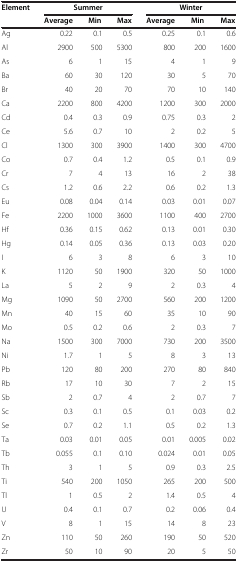
<table><thead><tr><td><b>Element</b></td><td colspan="3"><b>Summer</b></td><td colspan="3"><b>Winter</b></td></tr><tr><td><b> </b></td><td><b>Average</b></td><td><b>Min</b></td><td><b>Max</b></td><td><b>Average</b></td><td><b>Min</b></td><td><b>Max</b></td></tr></thead><tbody><tr><td>Ag</td><td>0.22</td><td>0.1</td><td>0.5</td><td>0.25</td><td>0.1</td><td>0.6</td></tr><tr><td>Al</td><td>2900</td><td>500</td><td>5300</td><td>800</td><td>200</td><td>1600</td></tr><tr><td>As</td><td>6</td><td>1</td><td>15</td><td>4</td><td>1</td><td>9</td></tr><tr><td>Ba</td><td>60</td><td>30</td><td>120</td><td>30</td><td>5</td><td>70</td></tr><tr><td>Br</td><td>40</td><td>20</td><td>70</td><td>70</td><td>10</td><td>140</td></tr><tr><td>Ca</td><td>2200</td><td>800</td><td>4200</td><td>1200</td><td>300</td><td>2000</td></tr><tr><td>Cd</td><td>0.4</td><td>0.3</td><td>0.9</td><td>0.75</td><td>0.3</td><td>2</td></tr><tr><td>Ce</td><td>5.6</td><td>0.7</td><td>10</td><td>2</td><td>0.2</td><td>5</td></tr><tr><td>Cl</td><td>1300</td><td>300</td><td>3900</td><td>1400</td><td>300</td><td>4700</td></tr><tr><td>Co</td><td>0.7</td><td>0.4</td><td>1.2</td><td>0.5</td><td>0.1</td><td>0.9</td></tr><tr><td>Cr</td><td>7</td><td>4</td><td>13</td><td>16</td><td>2</td><td>38</td></tr><tr><td>Cs</td><td>1.2</td><td>0.6</td><td>2.2</td><td>0.6</td><td>0.2</td><td>1.3</td></tr><tr><td>Eu</td><td>0.08</td><td>0.04</td><td>0.14</td><td>0.03</td><td>0.01</td><td>0.07</td></tr><tr><td>Fe</td><td>2200</td><td>1000</td><td>3600</td><td>1100</td><td>400</td><td>2700</td></tr><tr><td>Hf</td><td>0.36</td><td>0.15</td><td>0.62</td><td>0.13</td><td>0.01</td><td>0.30</td></tr><tr><td>Hg</td><td>0.14</td><td>0.05</td><td>0.36</td><td>0.13</td><td>0.03</td><td>0.20</td></tr><tr><td>I</td><td>6</td><td>3</td><td>8</td><td>6</td><td>3</td><td>10</td></tr><tr><td>K</td><td>1120</td><td>50</td><td>1900</td><td>320</td><td>50</td><td>1000</td></tr><tr><td>La</td><td>5</td><td>2</td><td>9</td><td>2</td><td>0.3</td><td>4</td></tr><tr><td>Mg</td><td>1090</td><td>50</td><td>2700</td><td>560</td><td>200</td><td>1200</td></tr><tr><td>Mn</td><td>40</td><td>15</td><td>60</td><td>35</td><td>10</td><td>90</td></tr><tr><td>Mo</td><td>0.5</td><td>0.2</td><td>0.6</td><td>2</td><td>0.3</td><td>7</td></tr><tr><td>Na</td><td>1500</td><td>300</td><td>7000</td><td>730</td><td>200</td><td>3500</td></tr><tr><td>Ni</td><td>1.7</td><td>1</td><td>5</td><td>8</td><td>3</td><td>13</td></tr><tr><td>Pb</td><td>120</td><td>80</td><td>200</td><td>270</td><td>80</td><td>840</td></tr><tr><td>Rb</td><td>17</td><td>10</td><td>30</td><td>7</td><td>2</td><td>15</td></tr><tr><td>Sb</td><td>2</td><td>0.7</td><td>4</td><td>2</td><td>0.7</td><td>7</td></tr><tr><td>Sc</td><td>0.3</td><td>0.1</td><td>0.5</td><td>0.1</td><td>0.03</td><td>0.2</td></tr><tr><td>Se</td><td>0.7</td><td>0.2</td><td>1.1</td><td>0.5</td><td>0.2</td><td>1.3</td></tr><tr><td>Ta</td><td>0.03</td><td>0.01</td><td>0.05</td><td>0.01</td><td>0.005</td><td>0.02</td></tr><tr><td>Tb</td><td>0.055</td><td>0.1</td><td>0.10</td><td>0.024</td><td>0.01</td><td>0.05</td></tr><tr><td>Th</td><td>3</td><td>1</td><td>5</td><td>0.9</td><td>0.3</td><td>2.5</td></tr><tr><td>Ti</td><td>540</td><td>200</td><td>1050</td><td>265</td><td>200</td><td>500</td></tr><tr><td>Tl</td><td>1</td><td>0.5</td><td>2</td><td>1.4</td><td>0.5</td><td>4</td></tr><tr><td>U</td><td>0.4</td><td>0.1</td><td>0.7</td><td>0.2</td><td>0.06</td><td>0.4</td></tr><tr><td>V</td><td>8</td><td>1</td><td>15</td><td>14</td><td>8</td><td>23</td></tr><tr><td>Zn</td><td>110</td><td>50</td><td>260</td><td>190</td><td>50</td><td>520</td></tr><tr><td>Zr</td><td>50</td><td>10</td><td>90</td><td>20</td><td>5</td><td>50</td></tr></tbody></table>